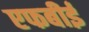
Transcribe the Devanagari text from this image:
एफबीई